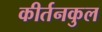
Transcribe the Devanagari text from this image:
कीर्तनकुल